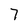
Character: 7